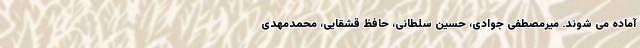
آماده می شوند. میرمصطفی جوادی، حسین سلطانی، حافظ قشقایی، محمدمهدی